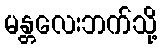
မန္တလေးဘက်သို့